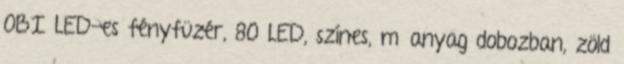
OBI LED-es fényfüzér, 80 LED, színes, műanyag dobozban, zöld